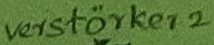
Text: verstärker 2